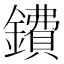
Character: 鐨